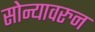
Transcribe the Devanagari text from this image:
सोन्यावरुन